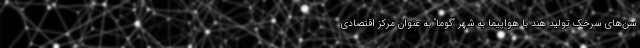
سن‌های سرخک تولید هند با هواپیما به شهر "گوما" به عنوان مرکز اقتصادی